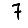
Digit: 7